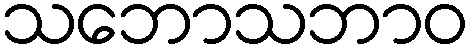
သဘောသဘာဝ